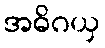
အဓိဂယှ